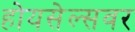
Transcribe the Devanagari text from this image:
होयसेल्सवर